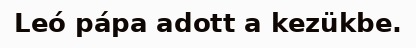
Leó pápa adott a kezükbe.